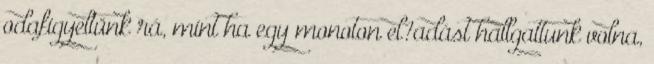
odafigyeltünk rá, mint ha egy monoton el?adást hallgattunk volna,